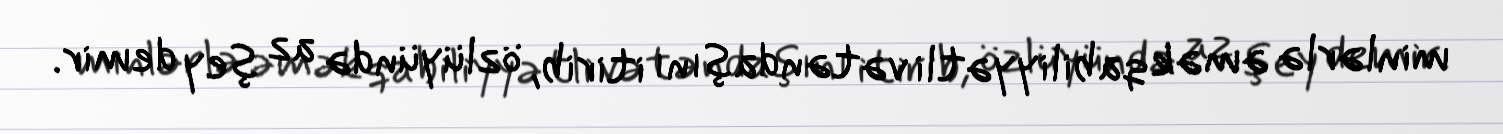
minlərlə əmək qabiliyyətli vətəndaşını itirib, özlüyündə az şey demir.